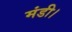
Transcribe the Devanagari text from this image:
मंडी।